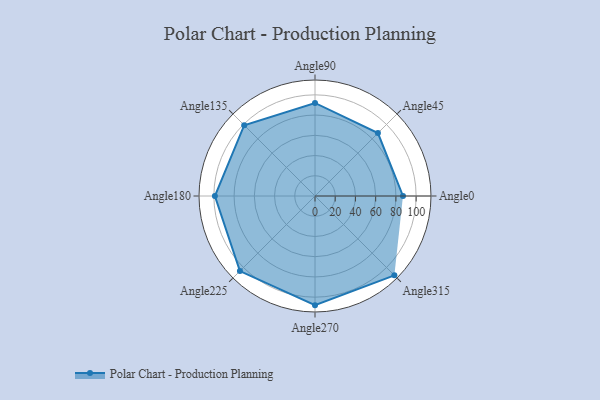
{"axis": {"x": "Angle", "y": "Radius"}, "legend": [""], "data": [{"x": "Angle0", "y": 87.0, "type": ""}, {"x": "Angle45", "y": 88.0, "type": ""}, {"x": "Angle90", "y": 92.0, "type": ""}, {"x": "Angle135", "y": 99.0, "type": ""}, {"x": "Angle180", "y": 99.0, "type": ""}, {"x": "Angle225", "y": 105.0, "type": ""}, {"x": "Angle270", "y": 108.0, "type": ""}, {"x": "Angle315", "y": 111.0, "type": ""}]}